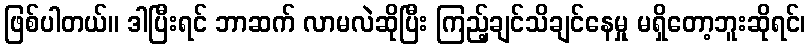
ဖြစ်ပါတယ်။ ဒါပြီးရင် ဘာဆက် လာမလဲဆိုပြီး ကြည့်ချင်သိချင်နေမှု မရှိတော့ဘူးဆိုရင်၊